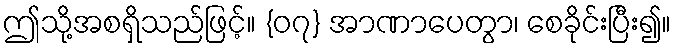
ဤသို့အစရှိသည်ဖြင့်။ {၀၇} အာဏာပေတွာ၊ စေခိုင်းပြီး၍။